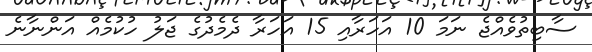
ސާބިތުވެއްޖެ ނަމަ 10 އަހަރާއި 15 އަހަރާ ދެމެދުގެ ޖަލު ހުކުމެއް އަންނާނެ